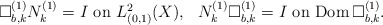
\begin{align*}\mbox{$\Box^{(1)}_{b,k}N^{(1)}_k=I$ on $L^2_{(0,1)}(X)$},\ \ \mbox{$N^{(1)}_k\Box^{(1)}_{b,k}=I$ on ${\rm Dom\,}\Box^{(1)}_{b,k}$}.\end{align*}